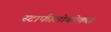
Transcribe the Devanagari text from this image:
स्टाफीलोकोकस